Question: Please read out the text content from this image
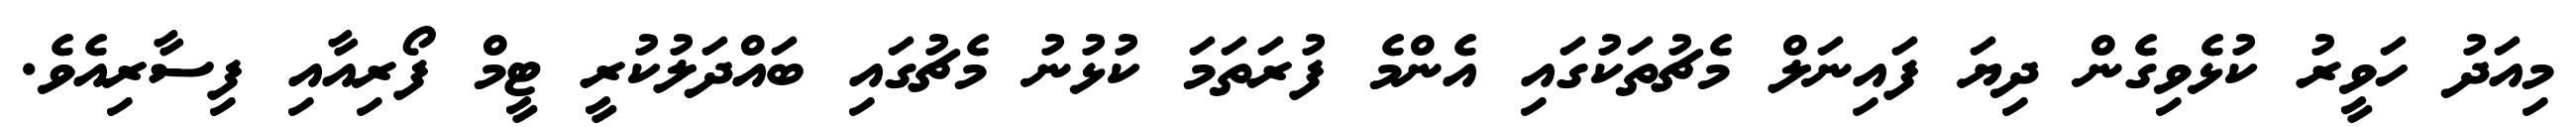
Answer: މިއަދު ހަވީރު ކުޅެވިގެން ދިޔަ ފައިނަލް މެޗުތަކުގައި އެންމެ ފުރަތަމަ ކުޅުނު މެޗުގައި ބައްދަލުކުރީ ޓީމް ފޯރިއާއި ފިސާރިއެވެ.